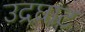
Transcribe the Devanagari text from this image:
उद्रघाट